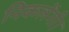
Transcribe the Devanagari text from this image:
निकलेंगी।